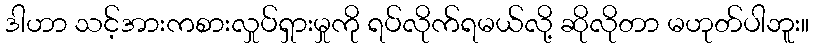
ဒါဟာ သင့်အားကစားလှုပ်ရှားမှုကို ရပ်လိုက်ရမယ်လို့ ဆိုလိုတာ မဟုတ်ပါဘူး။